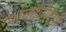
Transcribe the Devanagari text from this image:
गर्भवतीमैदानी